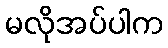
မလိုအပ်ပါက